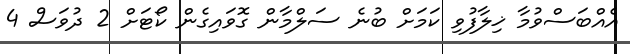
އެއްބަސްވުމާ ޚިލާފުވި ކަމަށް ބުނެ ސަލްމާން ގޮވައިގެން ކޯޓަށް 2 ދުވަސް 4